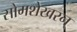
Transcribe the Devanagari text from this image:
सोमशेखरन्